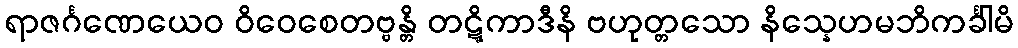
ရာဇင်္ဂဏေယေဝ ဝိဝေစေတဗ္ဗန္တိ တဋ္ဋိကာဒီနိ ဗဟုတ္တသော နိသ္နေဟမဘိကင်္ခါမိ